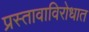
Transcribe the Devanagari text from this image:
प्रस्तावाविरोधात